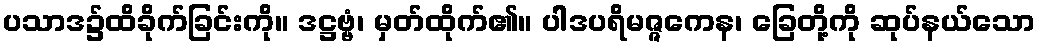
ပသာဒ၌ထိခိုက်ခြင်းကို။ ဒဋ္ဌဗ္ဗံ၊ မှတ်ထိုက်၏။ ပါဒပရိမဇ္ဇကေန၊ ခြေတို့ကို ဆုပ်နယ်သော